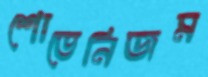
শোভেনিজম